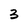
Character: 3